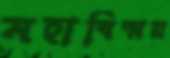
মহাবিস্ময়